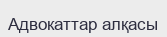
Адвокаттар алқасы